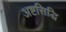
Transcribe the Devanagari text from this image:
अष्टसिद्धि